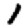
Digit: 1